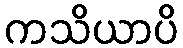
ကသိယာပိ